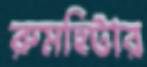
রুমহিটার